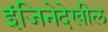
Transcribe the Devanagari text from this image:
इंजिनेदेखील